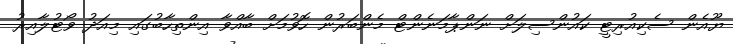
ޔޫއެން ސެކިއުރިޓީ ކައުންސިލަށް ނަަންޕާމަނެންޓް މެންބަރުން ހޮވުމަށް ބާއްވާ އިންތިހާބުގައި މިއަދު ވޯޓުލާއިރު